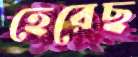
হেরেছ